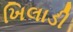
ખિલાડી